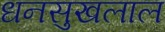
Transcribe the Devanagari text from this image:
धनसुखलाल